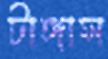
টাঙ্গাস